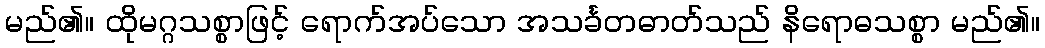
မည်၏။ ထိုမဂ္ဂသစ္စာဖြင့် ရောက်အပ်သော အသင်္ခတဓာတ်သည် နိရောဓသစ္စာ မည်၏။